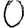
Digit: 0